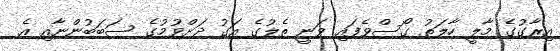
އިރާގުގެ މާލީ ހާލަތު ގޯސްވެފައި ވަނީ ތެލުގެ އަގު ދަށްވުމުގެ ސަބަބުންނާއި އެ